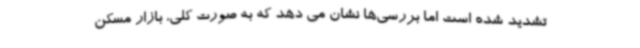
تشدید شده است اما بررسی‌ها نشان می دهد که به صورت کلی، بازار مسکن